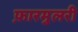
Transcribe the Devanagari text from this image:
फ़ारमुलरी